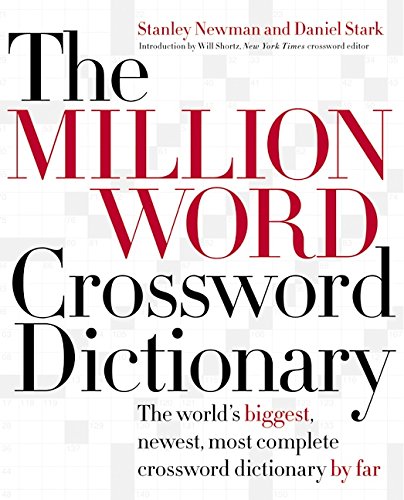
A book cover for The Million Word Crossword Dictionary; Stanley Newman; Humor & Entertainment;